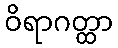
ဝိရာဂတ္ထာ